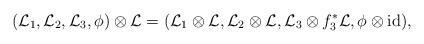
LaTeX: \begin{align*}( \mathcal{L}_1,\mathcal{L}_2 , \mathcal{L}_3, \phi) \otimes \mathcal{L} = ( \mathcal{L}_1 \otimes \mathcal{L} , \mathcal{L}_2 \otimes \mathcal{L} , \mathcal{L}_3 \otimes f_3^* \mathcal{L} , \phi \otimes \mathrm{id} ), \end{align*}